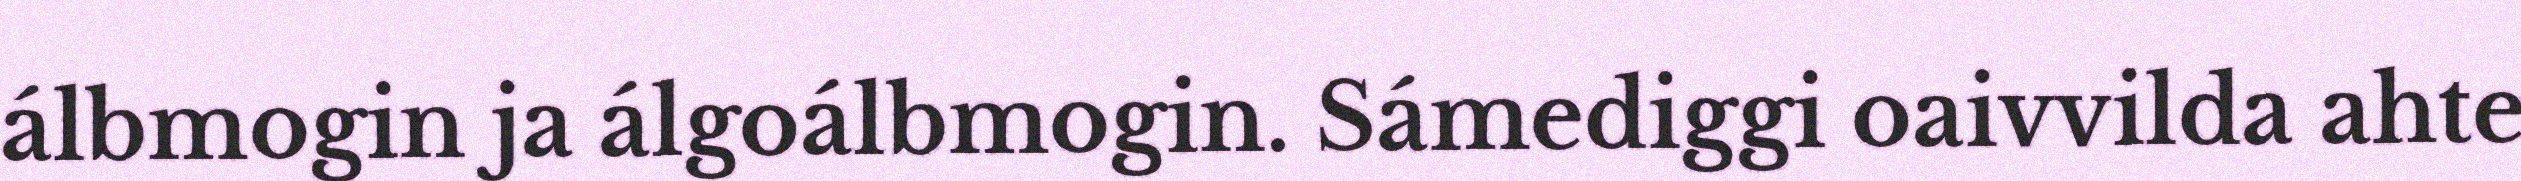
álbmogin ja álgoálbmogin. Sámediggi oaivvilda ahte